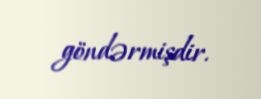
göndərmişdir.